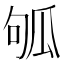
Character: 𤫱